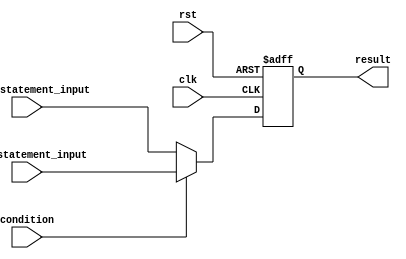
module ternary_operator_if_else (
    input wire clk,
    input wire rst,
    input wire condition,
    input wire [7:0] true_statement_input,
    input wire [7:0] false_statement_input,
    output reg [7:0] result
);

always @(posedge clk or posedge rst) begin
    if (rst) begin
        result <= 8'b00000000;
    end else begin
        result <= condition ? true_statement_input : false_statement_input;
    end
end

endmodule